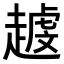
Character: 𧽐